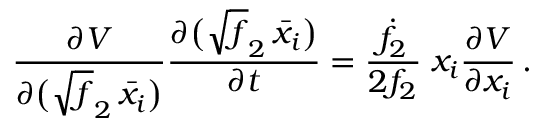
\frac { \partial V } { \partial \big ( \sqrt { f } _ { 2 } \, \bar { x } _ { i } \big ) } \frac { \partial \big ( \sqrt { f } _ { 2 } \, \bar { x } _ { i } \big ) } { \partial t } = \frac { \dot { f } _ { 2 } } { 2 f _ { 2 } } \; x _ { i } \frac { \partial V } { \partial x _ { i } } \, .